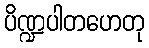
ပိဏ္ဍပါတဟေတု